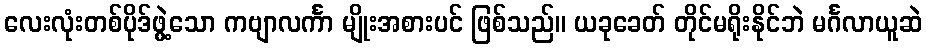
လေးလုံးတစ်ပိုဒ်ဖွဲ့သော ကဗျာလင်္ကာ မျိုးအစားပင် ဖြစ်သည်။ ယခုခေတ် တိုင်မရိုးနိုင်ဘဲ မင်္ဂလာယူဆဲ